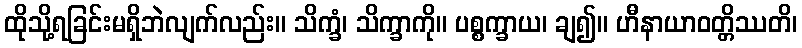
ထိုသို့ရခြင်းမရှိဘဲလျက်လည်း။ သိက္ခံ၊ သိက္ခာကို။ ပစ္စက္ခာယ၊ ချ၍။ ဟီနာယာဝတ္တိဿတိ၊